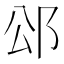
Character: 𮟭